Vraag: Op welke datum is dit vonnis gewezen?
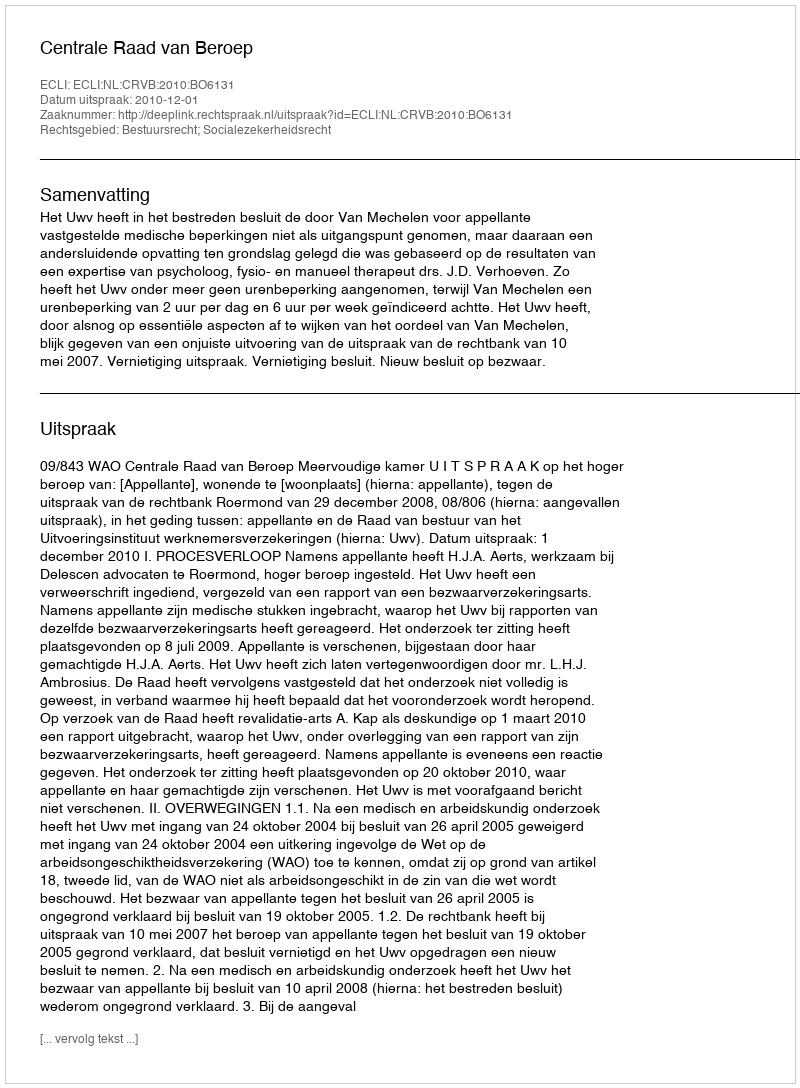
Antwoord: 2010-12-01